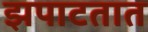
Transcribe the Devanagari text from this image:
झपाटतात